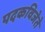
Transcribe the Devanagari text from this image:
पदकविजेते